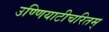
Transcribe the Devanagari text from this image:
उण्णियाटीचरितम्